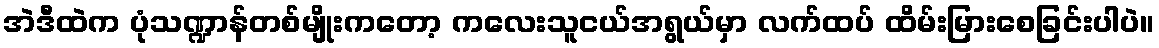
အဲဒီထဲက ပုံသဏ္ဍာန်တစ်မျိုးကတော့ ကလေးသူငယ်အရွယ်မှာ လက်ထပ် ထိမ်းမြားစေခြင်းပါပဲ။